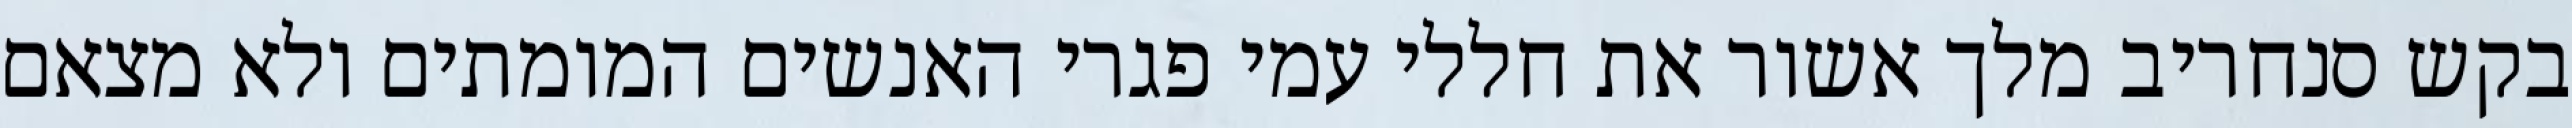
בקש סנחריב מלך אשור את חללי עמי פגרי האנשים המומתים ולא מצאם